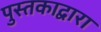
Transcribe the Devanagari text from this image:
पुस्तकाद्वारा